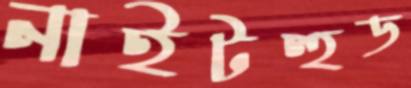
নাইটহুড